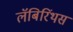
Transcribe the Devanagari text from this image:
लॅबिरिंथस